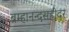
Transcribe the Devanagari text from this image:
ब्रम्हानन्दसहोदर